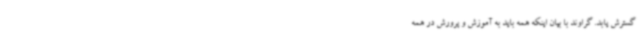
گسترش یابد. گراوند با بیان اینکه همه باید به آموزش و پرورش در همه